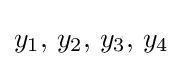
y_{1},\,y_{2},\,y_{3},\,y_{4}